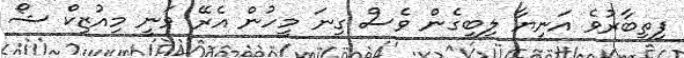
ފިތިބާރުވެ އަނިޔާ ލިބިގެން ވެސް ގިނަ މީހުން އެރޭ ވަނީ މިއުޒިކް ޝޯ